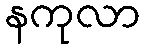
နကုလာ